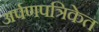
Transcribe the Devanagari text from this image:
अर्पणपत्रिकेत